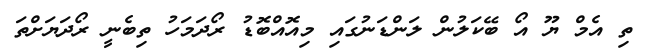
ތި އެމް ޔޫ އޯ ބޭކަލުން ލަންޑަނުގައި މިއޮއްބޮޑު ރޯދަމަހު ތިބެނީ ރޯދަޔަށްތަ